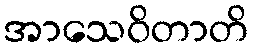
အာသေဝိတာတိ